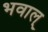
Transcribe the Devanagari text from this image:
भवाल्